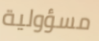
مسؤولية